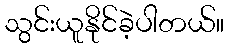
သွင်းယူနိုင်ခဲ့ပါတယ်။